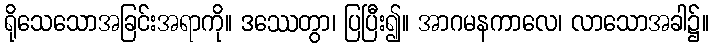
ရိုသေသောအခြင်းအရာကို။ ဒဿေတွာ၊ ပြပြီး၍။ အာဂမနကာလေ၊ လာသောအခါ၌။